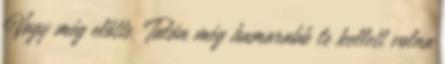
Vagy még előtte. Talán még hamarabb le kellett volna